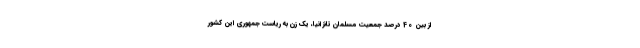
از بین 40 درصد جمعیت مسلمان تانزانیا، یک زن به ریاست جمهوری این کشور